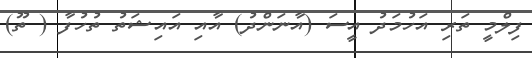
ފިލްމީ ތަރި އަހުމަދު އީސަ (އާނަންދު) އާއި އައިޝަތު ތުހުފާ ( ތޫ)